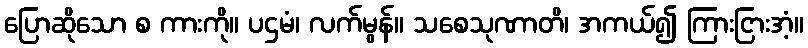
ပြောဆိုသော စ ကားကို။ ပဌမံ၊ လက်မွန်။ သစေသုဏာတိ၊ အကယ်၍ ကြားငြားအံ့။